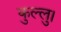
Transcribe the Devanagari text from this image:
कुल्‍लु।